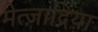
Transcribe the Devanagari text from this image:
मेत्ज़ाद्रिया